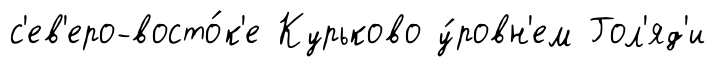
с'ев'еро-восто́к'е Курьково у́ровн'ем Гол'яд'и